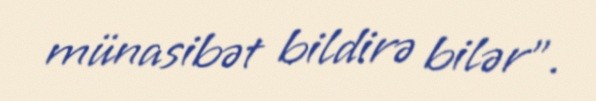
münasibət bildirə bilər”.